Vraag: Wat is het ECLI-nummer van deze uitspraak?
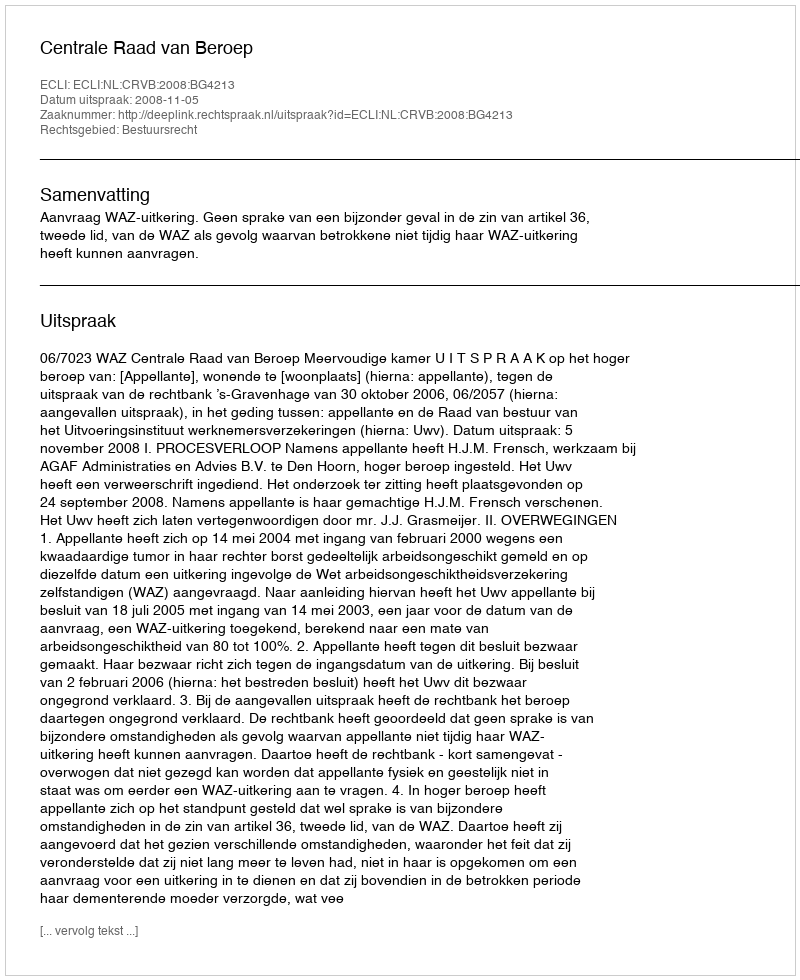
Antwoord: ECLI:NL:CRVB:2008:BG4213